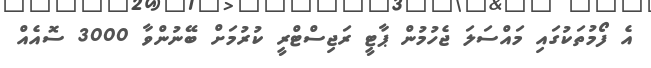
އެ ފޯމުތަކުގައި މައްސަލަ ޖެހުމުން ޕާޓީ ރަޖިސްޓްރީ ކުރުމަށް ބޭނުންވާ 3000 ސޮއެއް